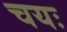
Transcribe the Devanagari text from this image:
चयः